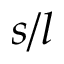
s / l